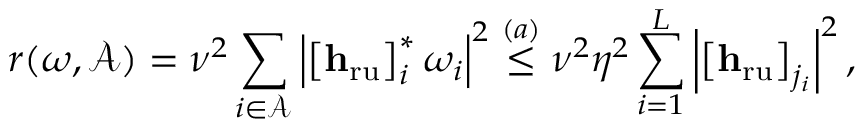
r ( \boldsymbol { \omega } , { \ensuremath { \mathcal { A } } } ) = \nu ^ { 2 } \sum _ { i \in { \ensuremath { \mathcal { A } } } } \left\vert \left[ { \ensuremath { { \mathbf { h } } } } _ { \mathrm { r u } } \right] _ { i } ^ { * } \omega _ { i } \right\vert ^ { 2 } \overset { ( a ) } { \leq } \nu ^ { 2 } \eta ^ { 2 } \sum _ { i = 1 } ^ { L } \left\vert \left[ { \ensuremath { { \mathbf { h } } } } _ { \mathrm { r u } } \right] _ { j _ { i } } \right\vert ^ { 2 } ,